Indian journal of veterinary science and animal husbandry - Volumes 22-23, 1952-1953
Year: 1952
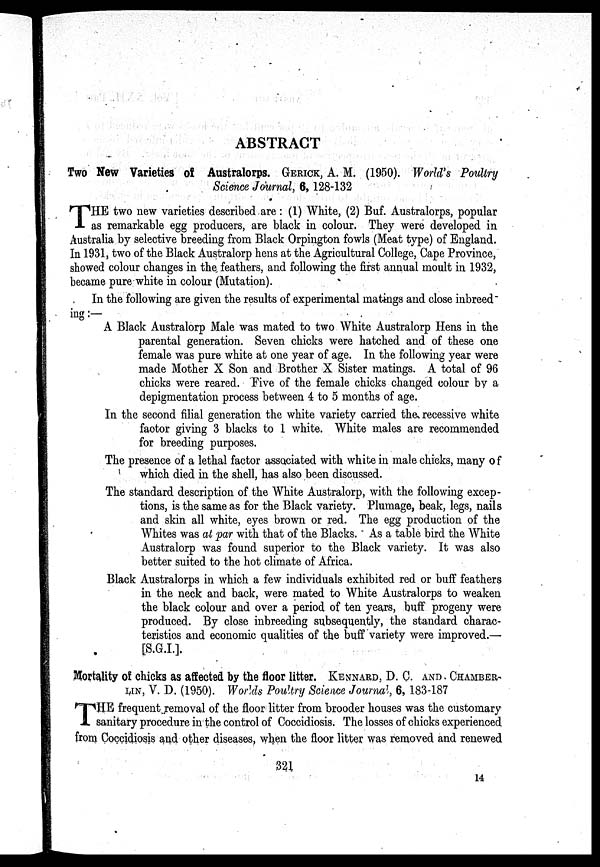
ABSTRACT
Two New Varieties of Australorps. GERICK, A. M. (1950). World's Poultry
Science Journal, 6, 128-132
T HE two new varieties described are : (1) White, (2) Buf. Australorps, popular
as remarkable egg producers, are black in colour. They were developed in
Australia by selective breeding from Black Orpington fowls (Meat type) of England.
In 1931, two of the Black Australorp hens at the Agricultural College, Cape Province,
showed colour changes in the. feathers, and following the first annual moult in 1932,
became pure white in colour (Mutation).
In the following are given the results of experimental matings and close inbreed
ing :—
A Black Australorp Male was mated to two White Australorp Hens in the
parental generation. Seven chicks were hatched and of these one
female was pure white at one year of age. In the following year were
made Mother X Son and Brother X Sister matings. A total of 96
chicks were reared. Five of the female chicks changed colour by a
depigmentation process between 4 to 5 months of age.
In the second filial generation the white variety carried the recessive white
factor giving 3 blacks to 1 white. White males are recommended
for breeding purposes.
The presence of a lethal factor associated with white in male chicks, many of
which died in the shell, has also been discussed.
The standard description of the White Australorp, with the following excep-
tions, is the same as for the Black variety. Plumage, beak, legs, nails
and skin all white, eyes brown or red. The egg production of the
Whites was at par with that of the Blacks. As a table bird the White
Australorp was found superior to the Black variety. It was also
better suited to the hot climate of Africa.
Black Australorps in which a few individuals exhibited red or buff feathers
in the neck and back, were mated to White Australorps to weaken
the black colour and over a period of ten years, buff progeny were
produced. By close inbreeding subsequently, the standard charac-
teristics and economic qualities of the buff variety were improved.—
[S.G.I.].
Mortality of chicks as affected by the floor litter. KENNARD, D. C. AND CHAMBER-
LIN, V. D. (1950). Worlds Poultry Science Journal, 6, 183-187
T HE frequent removal of the floor litter from brooder houses was the customary
sanitary procedure in the control of Coccidiosis. The losses of chicks experienced
from Coccidiosis and other diseases, when the floor litter was removed and renewed
321
14